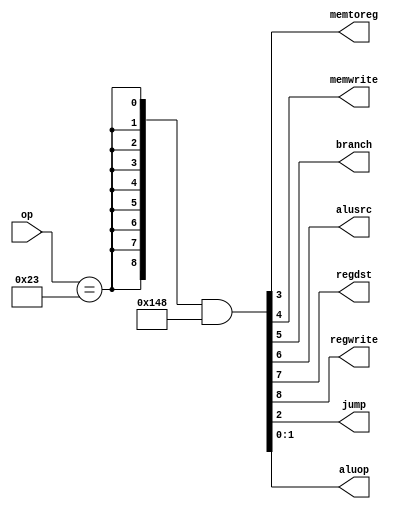
module cpu4_maindec(
    input  [5:0] op,
    output memtoreg,
    output memwrite,
    output branch,
    output alusrc,
    output regdst,
    output regwrite,
    output jump,
    output [1:0] aluop
);


    wire [8:0] controls;
/*
    assign  controls[8:0] = {
                                regwrite, 
                                regdst, 
                                alusrc, 
                                branch, 
                                memwrite,
                                memtoreg, 
                                jump, 
                                aluop
                                };
*/
	assign regwrite = controls[8];
	assign regdst = controls[7];
	assign alusrc = controls[6];
	assign branch = controls[5];
	assign memwrite = controls[4];
	assign memtoreg = controls[3];
	assign jump = controls[2];
	assign aluop = controls[1:0];

	wire op_lw;
	
	assign op_lw = (op == 6'b100011);
			
	assign controls = ({9{op_lw}} & 9'b101001000);
	
//	always @(*)
//	begin
//	case (op)
//		//6'b100011: controls <= 9'b101001000; // LW
//		6'b100011: assign aluop = 2'b00;
//		//default: controls <= 9'b000000000;// illegal op
//	endcase
//	end
	
endmodule